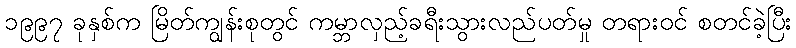
၁၉၉၇ ခုနှစ်က မြိတ်ကျွန်းစုတွင် ကမ္ဘာလှည့်ခရီးသွားလည်ပတ်မှု တရားဝင် စတင်ခဲ့ပြီး